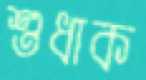
শুধাক